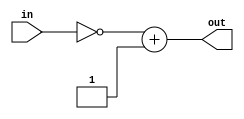
`timescale 1ns/100ps
module complement(in, out);

 input [7:0] in;          //input value that should be complemented
 output reg [7:0] out;    //this will output the compliment of the input

 reg [7:0] tmp;           //tempory register to store bitwise complement

always @ (in)
begin
  #1
  tmp = ~in;               //doing bitwise complement

  out = tmp + 8'b00000001; //adding 1 to tmp value to do 2's complement
end

endmodule